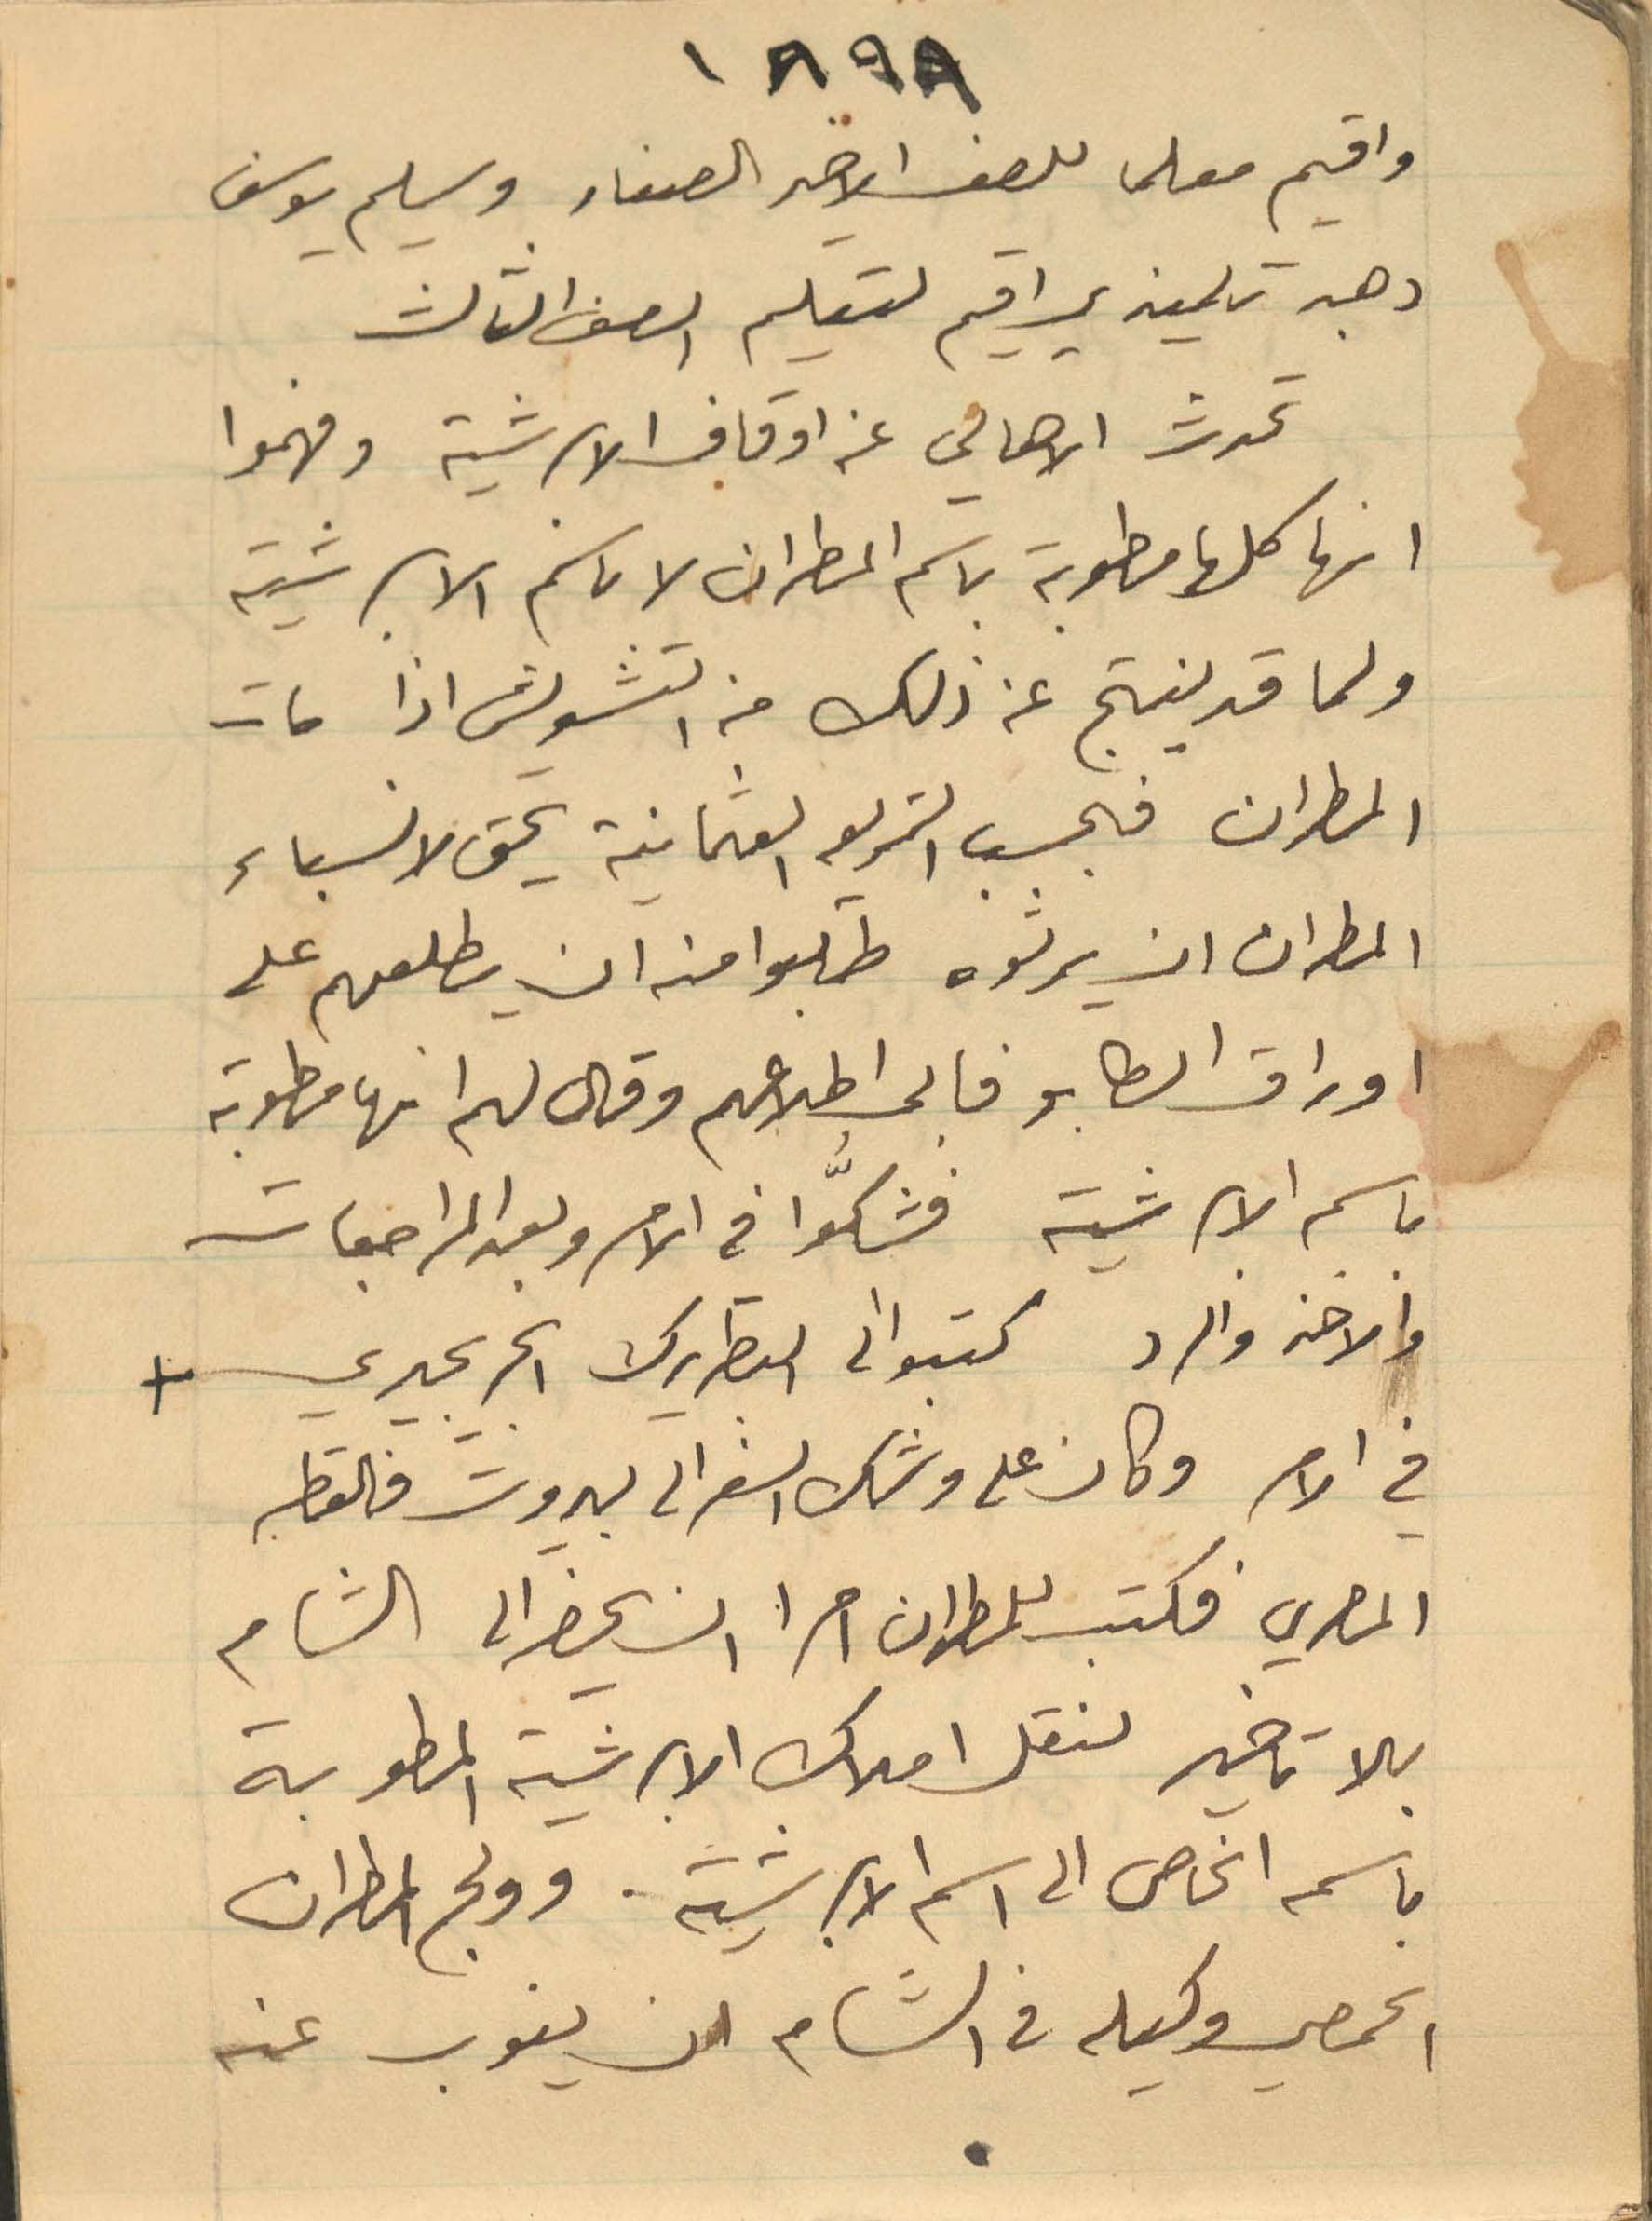
١٨٩٨
وأقيم معلما للصف الأخير الصغار وسليم يوسف
وهبه تلميذ يراقيم لتعليم الصف الثالث
تحدث الأهالي عن اوقاف الأبرشية وفهموا
انها كلها مطوبة باسم المطران لا باسم الأبرشية
ولما قد ينتج عن ذلك من التشويش اذا مات
المطران فبحسب الشريعة العثمانية يحث لانسباء
المطران ان يرثوه طلبوا منه ان يطلعهم على
أوراق الطابو فأبى اطلاعهم وقال لهم انها مطوبة
باسم الأبرشية فشكّوا في الامر وبعد المراجعات
والاخذ والرد كتبوا الى البطريرك %%البحيري +
في الامر وكان على وشك السفر الى بيرون والقطبة
المصري فكتب للمطران امرا ان يحضر الى الشام
بلا تأخير لنقل أملاك الأبرشية المطوبة
باسمه الخاص الى اسم الأبرشية. وولج المطران
الحمصي وكيله في الشام ان ينوب عنه